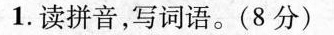
1.读拼音，写词语。（8分）